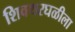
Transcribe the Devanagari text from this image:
शिवथरघळीला